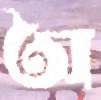
অ